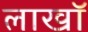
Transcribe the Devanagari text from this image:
लाखॉ